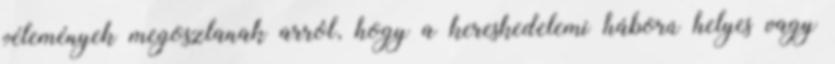
vélemények megoszlanak arról, hogy a kereskedelemi háború helyes vagy